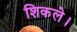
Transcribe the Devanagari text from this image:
शिकले।